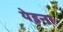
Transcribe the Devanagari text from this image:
येइना